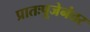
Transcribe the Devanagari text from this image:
प्रातःपूजेनंतर